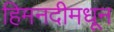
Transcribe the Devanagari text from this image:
हिमनदीमधून